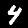
Digit: 4